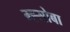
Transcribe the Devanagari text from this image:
म्ह्सोबा